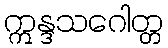
ဣန္ဒသဂေါတ္တ